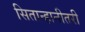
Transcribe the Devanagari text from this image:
सितान्हानीतरी